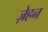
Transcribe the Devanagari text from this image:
ज़ेहन